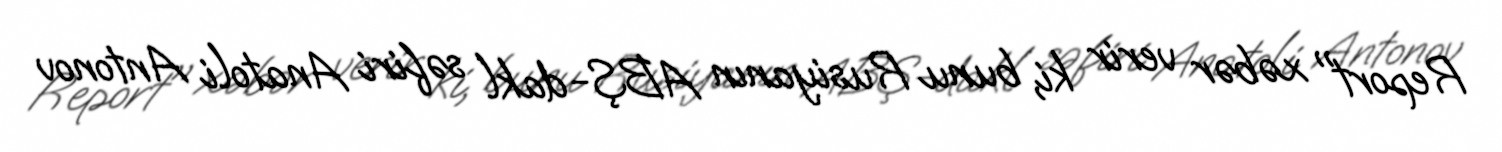
Report" xəbər verir ki, bunu Rusiyanın ABŞ-dakl səfiri Anatoli Antonov